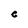
Character: C